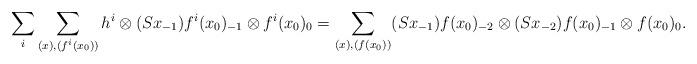
LaTeX: \begin{align*}\sum_i \sum_{(x), (f^i(x_0))} h^i \otimes (Sx_{-1})f^i(x_0)_{-1} \otimes f^i(x_0)_0=\sum_{(x), (f(x_0))} (Sx_{-1})f(x_0)_{-2} \otimes (Sx_{-2})f(x_0)_{-1} \otimes f(x_0)_0.\end{align*}